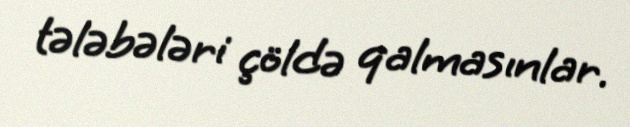
tələbələri çöldə qalmasınlar.